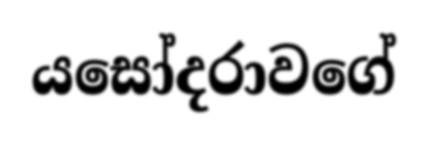
යසෝදරාවගේ